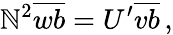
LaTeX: \mathbb{N}^{2}\overline{{{wb}}}=U^{\prime}\overline{{{vb}}}\, ,